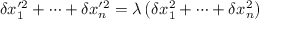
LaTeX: \delta x _ { 1 } ^ { \prime 2 } + \dots + \delta x _ { n } ^ { \prime 2 } = \lambda \left( \delta x _ { 1 } ^ { 2 } + \dots + \delta x _ { n } ^ { 2 } \right)